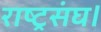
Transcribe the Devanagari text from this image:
राष्ट्रसंघ।